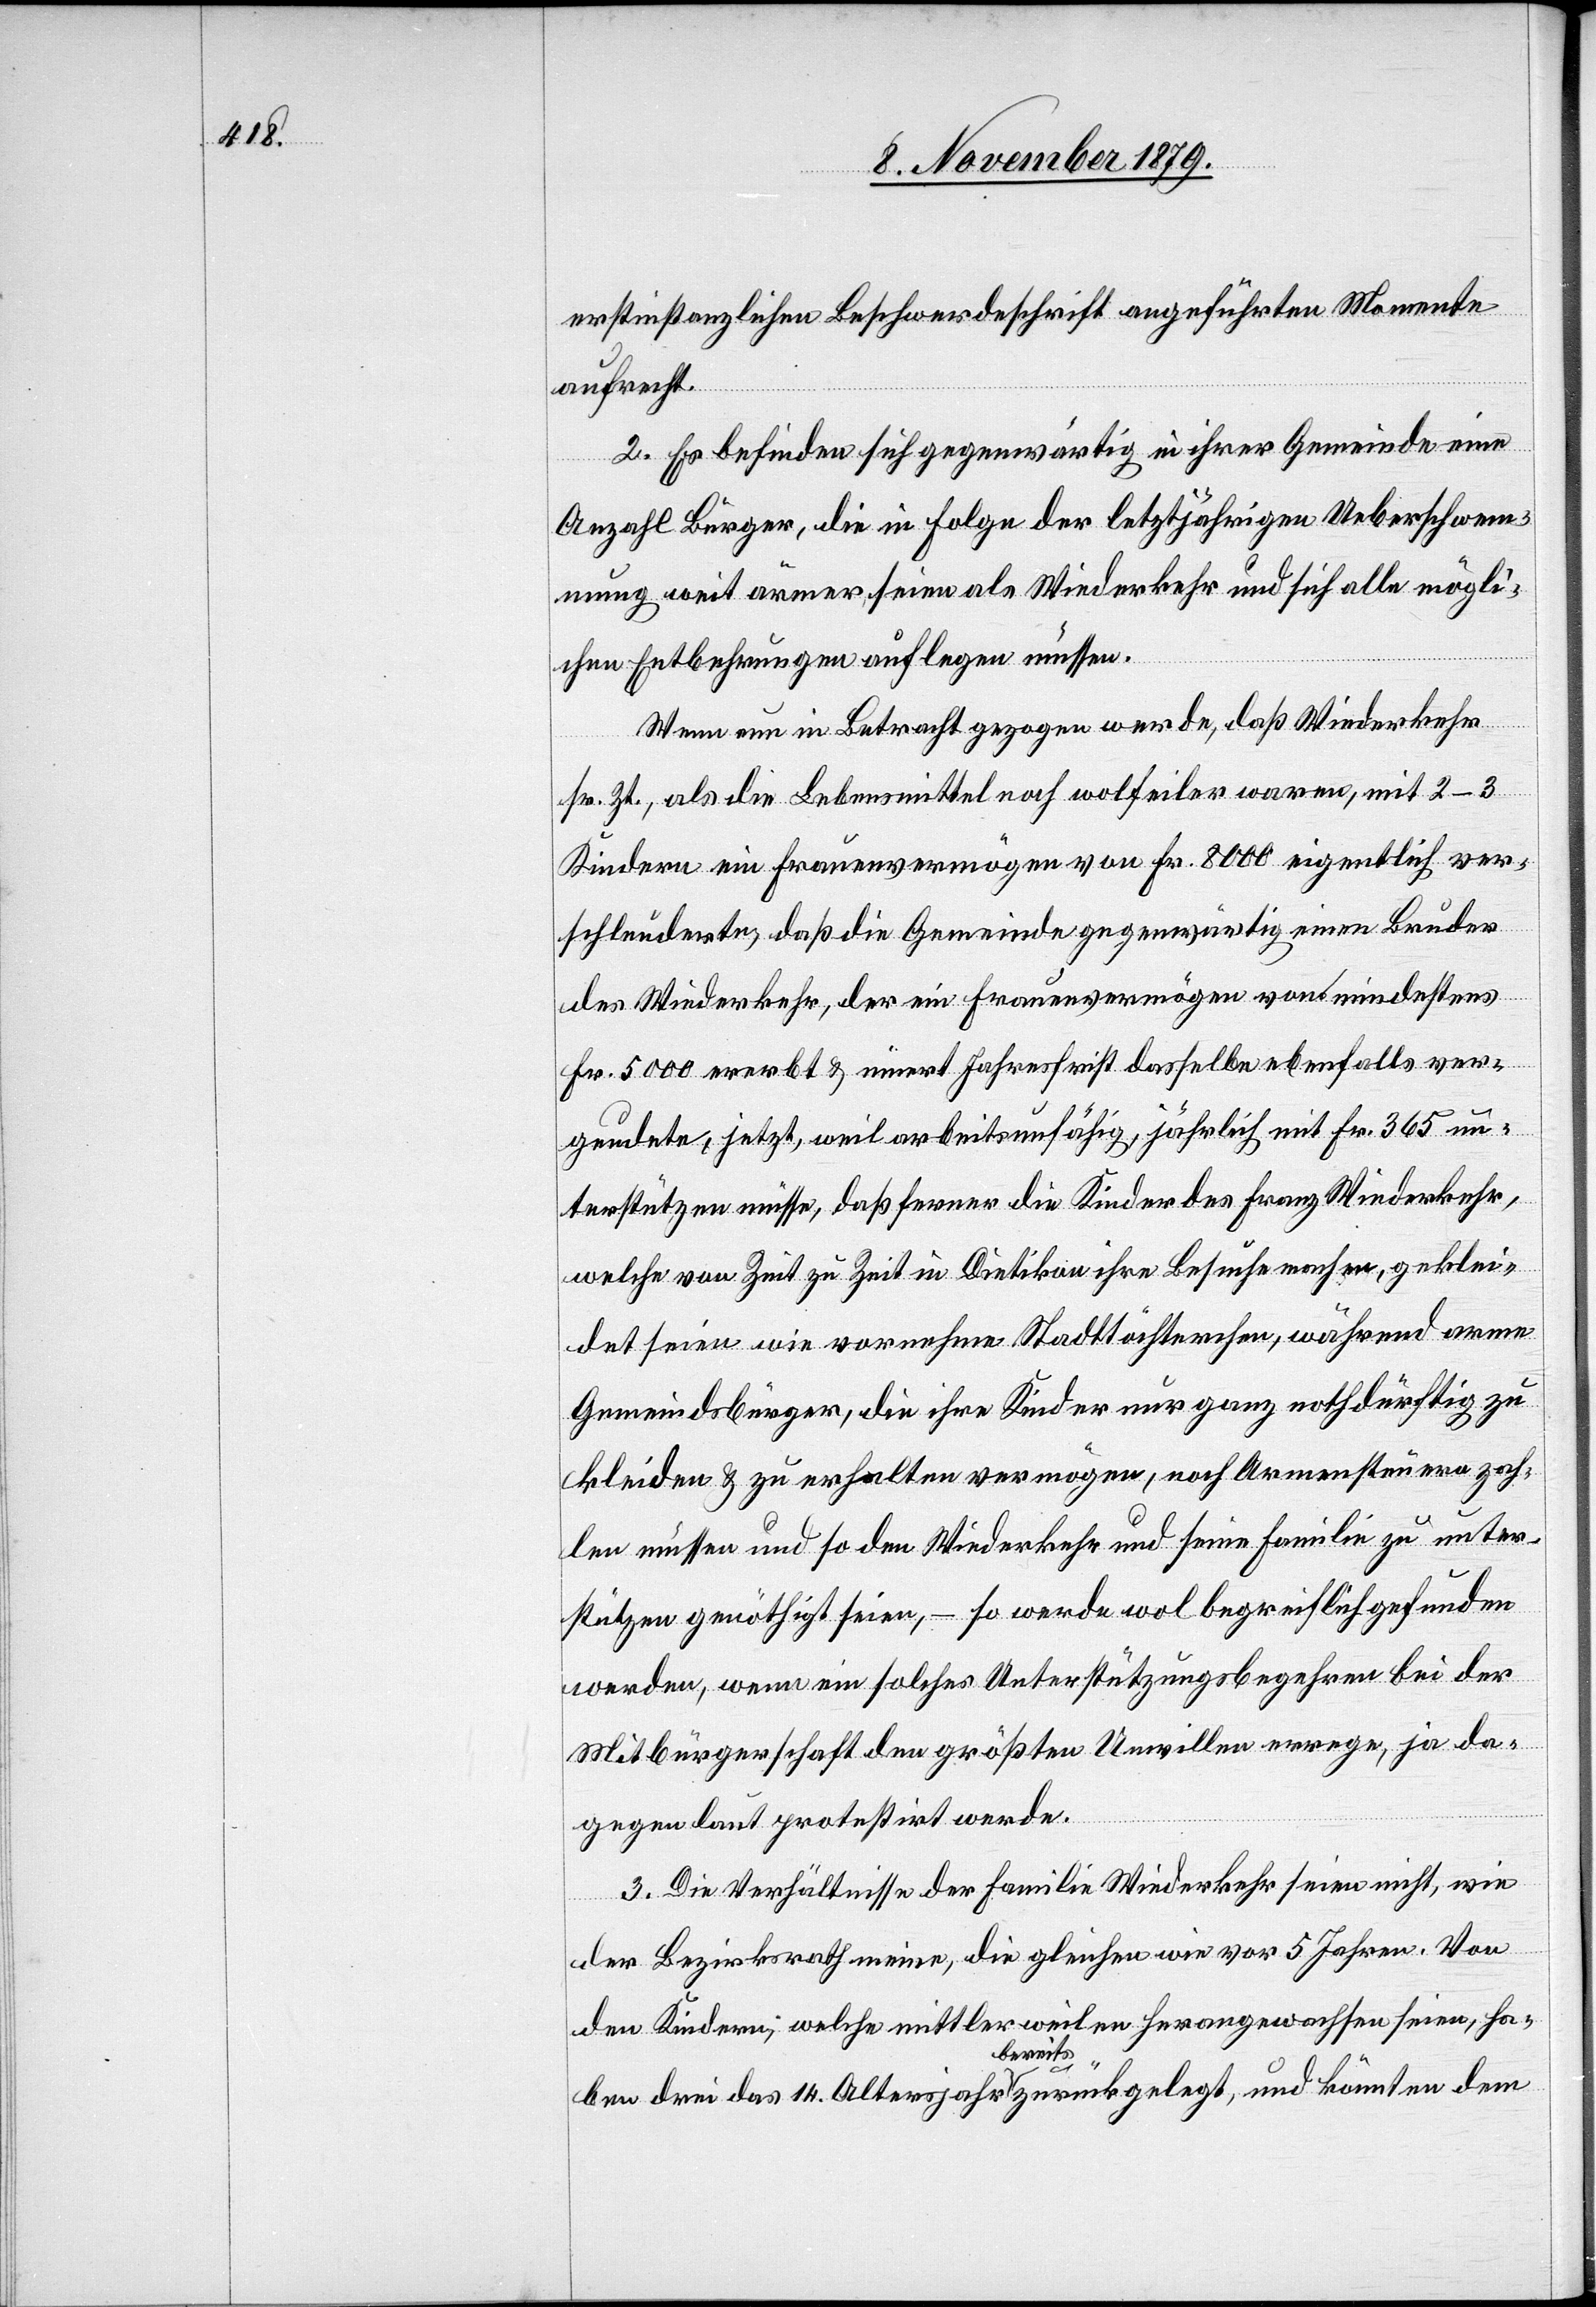
erstinstanzlichen Beschwerdeschrift angeführten Momente
aufrecht.
2. Es befinden sich gegenwärtig in ihrer Gemeinde eine
Anzahl Bürger, die in Folge der letztjährigen Ueberschwem¬
mung weit ärmer seien als Wiederkehr und sich alle mögli¬
chen Entbehrungen auflegen müssen.
Wenn nun in Betracht gezogen werde, daß Wiederkehr
sr. Zt., als die Lebensmittel noch wolfeiler waren, mit 2–3
Kindern ein Frauenvermögen von Fr. 8000 eigentlich ver¬
schleuderte, daß die Gemeinde gegenwärtig einen Bruder
des Wiederkehr, der ein Frauenvermögen von mindestens
Fr. 5000 ererbt & innert Jahresfrist dasselbe ebenfalls ver¬
geudete, jetzt, weil arbeitsunfähig, jährlich mit Fr. 365 un¬
terstützen müsse, daß ferner die Kinder des Franz Wiederkehr,
welche von Zeit zu Zeit in Dietikon ihre Besuche machen, geklei¬
det seien wie vornehme Stadttöchterchen, während arme
Gemeindebürger, die ihre Kinder nur ganz nothdürftig zu
kleiden & zu erhalten vermögen, noch Armensteuern zah¬
len müssen und so den Wiederkehr und seine Familie zu unter¬
stützen genöthigt seien, – so werde wol begreiflich gefunden
werden, wenn ein solches Unterstützungsbegehren bei der
Mitbürgerschaft den größten Unwillen errege, ja da¬
gegen laut protestirt werde.
3. Die Verhältnisse der Familie Wiederkehr seien nicht, wie
der Bezirksrath meine, die gleichen wie vor 5 Jahren. Von
den Kindern, welche mittlerweilen herangewachsen seien, ha¬
ben drei das 14. Altersjahr bereits zurückgelegt, und könnten dem